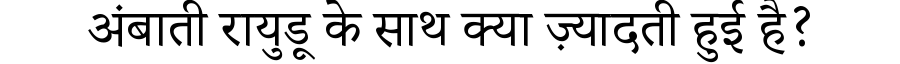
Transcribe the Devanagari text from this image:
अंबाती रायुडू के साथ क्या ज़्यादती हुई है?